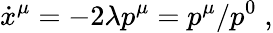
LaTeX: \dot{x}^{\mu}=-2\lambda p^{\mu}=p^{\mu}/p^{0}\; ,